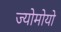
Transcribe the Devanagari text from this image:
ज्योमोयो